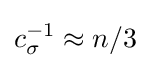
c_{\sigma }^{-1}\approx n/3